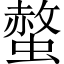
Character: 螫